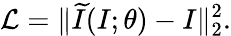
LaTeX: \mathcal{L}=\| \widetilde{I}(I;\theta)-I\| _{2}^{2}.